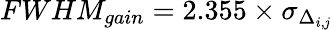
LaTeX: FWHM_{gain}=2.355\times\sigma_{\Delta_{i,\mathit{j}}}